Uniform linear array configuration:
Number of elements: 4
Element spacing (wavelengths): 0.5
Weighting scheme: binomial
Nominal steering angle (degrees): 45
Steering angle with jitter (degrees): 45.045
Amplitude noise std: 0.05
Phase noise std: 0.05

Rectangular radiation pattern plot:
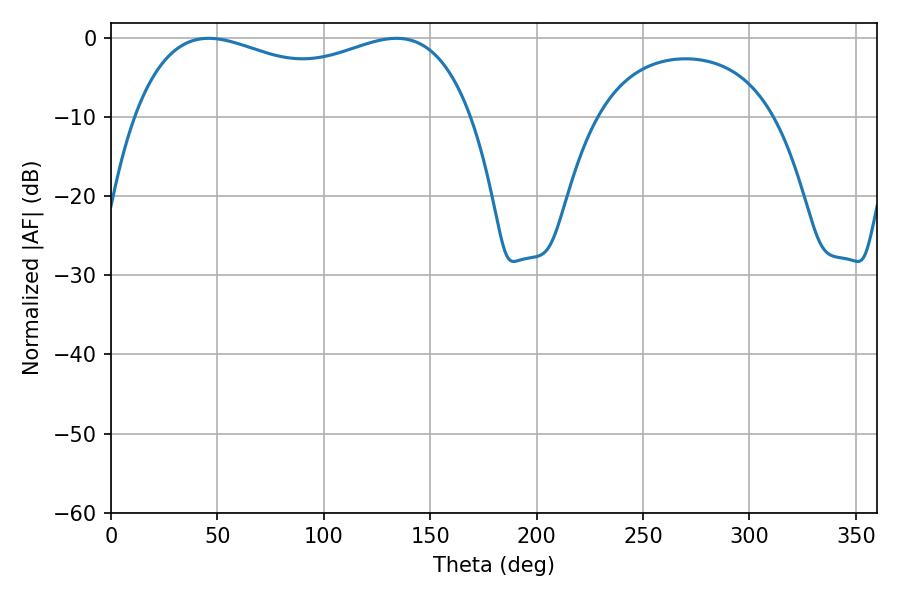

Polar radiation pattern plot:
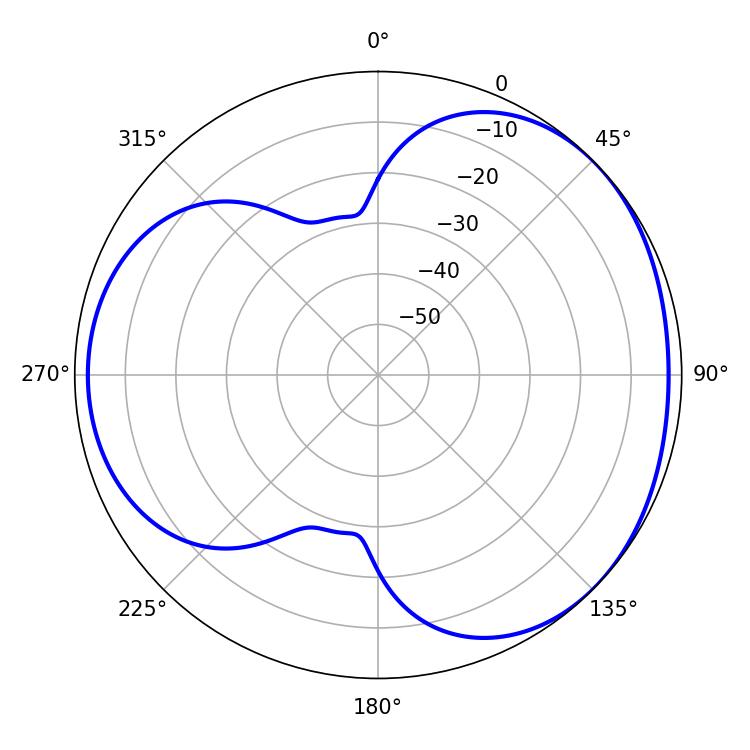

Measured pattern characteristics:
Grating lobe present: FALSE
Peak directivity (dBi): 3.448
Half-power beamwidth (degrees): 130.68
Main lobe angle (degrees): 45.9